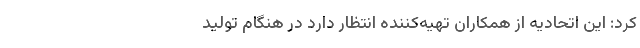
کرد:‌ این اتحادیه از همکاران تهیه‌کننده انتظار دارد در هنگام تولید